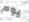
يوم